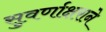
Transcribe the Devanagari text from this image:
सुवर्णाक्षराने